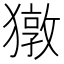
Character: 獤